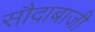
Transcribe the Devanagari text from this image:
सौदाबाजी